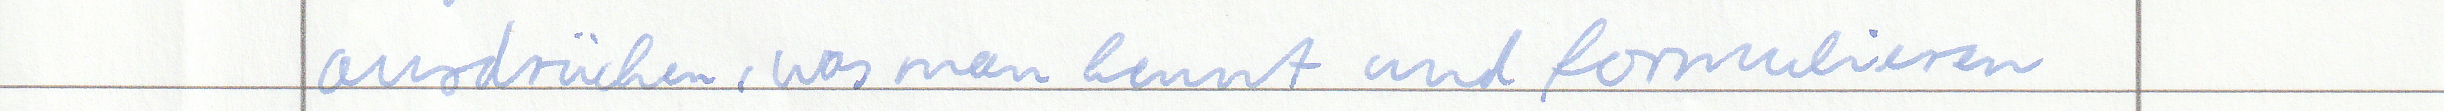
ausdrücken, was man kennt und formulieren